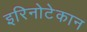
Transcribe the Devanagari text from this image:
इरिनोटेकान